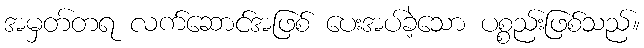
အမှတ်တရ လက်ဆောင်အဖြစ် ပေးအပ်ခဲ့သော ပစ္စည်းဖြစ်သည်။